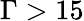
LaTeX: \Gamma>15